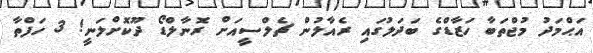
އަޙްމަދު މުޖްތަބާ ހަޒާޑްގެ ބަދަލުގައި ރެއާލުން ޗެލްސީއަށް ރޮނާލްޑޯ ދޫކޮށްލަނީ! 3 ހަފްތާ